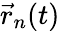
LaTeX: \vec{r}_{n}(t)